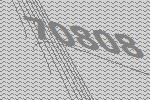
70808